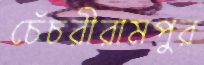
চেঁচরীরামপুর